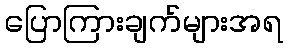
ပြောကြားချက်များအရ